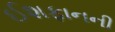
ઈશફાનની